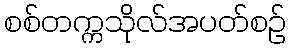
စစ်တက္ကသိုလ်အပတ်စဉ်